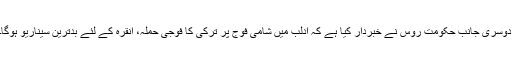
دوسری جانب حکومت روس نے خبردار کیا ہے کہ ادلب میں شامی فوج پر ترکی کا فوجی حملہ، انقرہ کے لئے بدترین سیناریو ہوگا۔